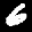
Label: 6